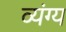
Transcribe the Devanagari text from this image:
व्‍यंग्य